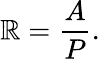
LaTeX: \mathbb{R}={\frac{{A}}{{P}}}.